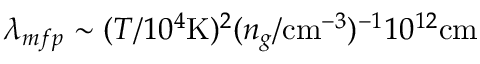
\lambda _ { m f p } \sim ( T / 1 0 ^ { 4 } \mathrm { K } ) ^ { 2 } ( n _ { g } / \mathrm { c m } ^ { - 3 } ) ^ { - 1 } 1 0 ^ { 1 2 } \mathrm { c m }